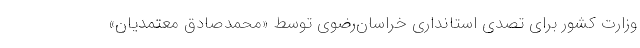
وزارت کشور برای تصدی استانداری خراسان‌رضوی توسط «محمدصادق معتمدیان»